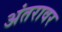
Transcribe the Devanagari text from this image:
अंतरावर